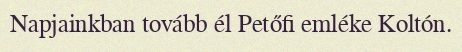
Napjainkban tovább él Petőfi emléke Koltón.